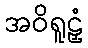
အဝိရူဠှံ